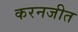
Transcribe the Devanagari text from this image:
करनजीत